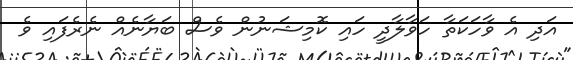
އަދި އެ ވާހަކަތާ ހަވާލާދީ ހައި ކޮމިޝަނުން ވެސް ބަޔާނެއް ނެރެފައި ވެ